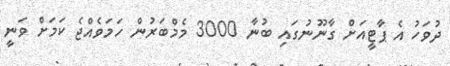
ދުވަހު އެ ޕާޓީއަށް ގާނޫނުގައި ބުނާ 3000 މެމްބަރުން ހަމަވެއްޖެ ކަމަށް ވަނީ